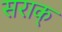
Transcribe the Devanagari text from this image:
सराक्